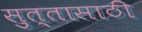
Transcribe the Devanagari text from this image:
सुत्तासाठी